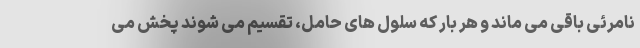
نامرئی باقی می ماند و هر بار که سلول های حامل، تقسیم می شوند پخش می